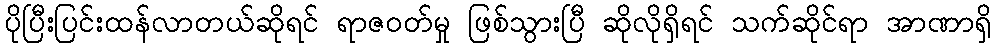
ပိုပြီးပြင်းထန်လာတယ်ဆိုရင် ရာဇဝတ်မှု ဖြစ်သွားပြီ ဆိုလိုရှိရင် သက်ဆိုင်ရာ အာဏာရှိ